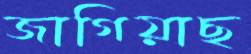
জাগিয়াছ